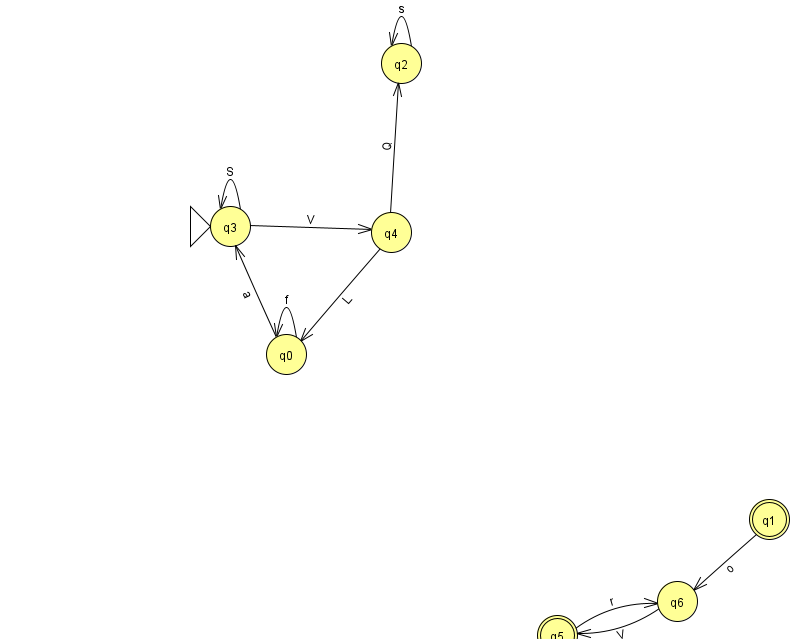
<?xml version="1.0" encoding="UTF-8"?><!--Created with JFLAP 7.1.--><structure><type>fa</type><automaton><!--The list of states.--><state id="0" name="q0"><x>286.0</x><y>341.0</y></state><state id="1" name="q1"><x>769.0</x><y>506.0</y><final/></state><state id="2" name="q2"><x>401.0</x><y>50.0</y></state><state id="3" name="q3"><x>230.0</x><y>213.0</y><initial/></state><state id="4" name="q4"><x>391.0</x><y>219.0</y></state><state id="5" name="q5"><x>557.0</x><y>622.0</y><final/></state><state id="6" name="q6"><x>677.0</x><y>588.0</y></state><!--The list of transitions.--><transition><from>4</from><to>2</to><read>Q</read></transition><transition><from>3</from><to>4</to><read>V</read></transition><transition><from>2</from><to>2</to><read>s</read></transition><transition><from>3</from><to>3</to><read>S</read></transition><transition><from>0</from><to>0</to><read>f</read></transition><transition><from>4</from><to>0</to><read>L</read></transition><transition><from>5</from><to>6</to><read>r</read></transition><transition><from>1</from><to>6</to><read>o</read></transition><transition><from>0</from><to>3</to><read>a</read></transition><transition><from>6</from><to>5</to><read>V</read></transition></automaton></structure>